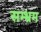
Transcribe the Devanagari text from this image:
सम्‍भ्रम